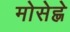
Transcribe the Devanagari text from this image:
मोसेह्ले